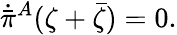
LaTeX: \dot{\bar{\pi}}{}^{A}(\zeta+\bar{\zeta})=0.